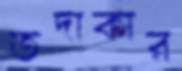
তদাকার